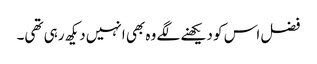
فضل اس کو دیکھنے لگے وہ بھی انہیں دیکھ رہی تھی۔